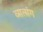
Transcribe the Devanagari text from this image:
व्सत्संग